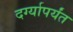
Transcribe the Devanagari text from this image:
दर्ग्यापर्यंत